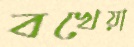
বখেয়া